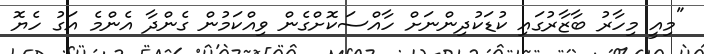
"މިއީ މިހާރު ބާޒާރުގައި ކުޑަކުދިންނަށް ހާއްސަކޮށްގެން ވިއްކަމުން ގެންދާ އެންމެ އަގު ހެޔޮ